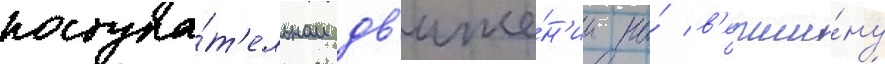
поступа́т'ельном дв'иже́н'ии на́ в'ерши́ну